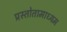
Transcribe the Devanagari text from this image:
प्रस्तोतामाध्यम